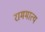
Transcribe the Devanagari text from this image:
राममात्य